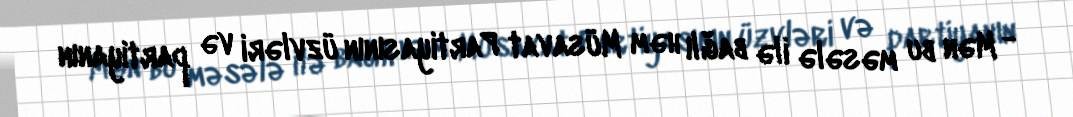
- Mən bu məsələ ilə bağlı həm Müsavat Partiyasının üzvləri və partiyanın